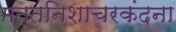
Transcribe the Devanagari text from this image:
मत्तनिशाचरकंदना